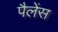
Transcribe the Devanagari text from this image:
पैलेंस